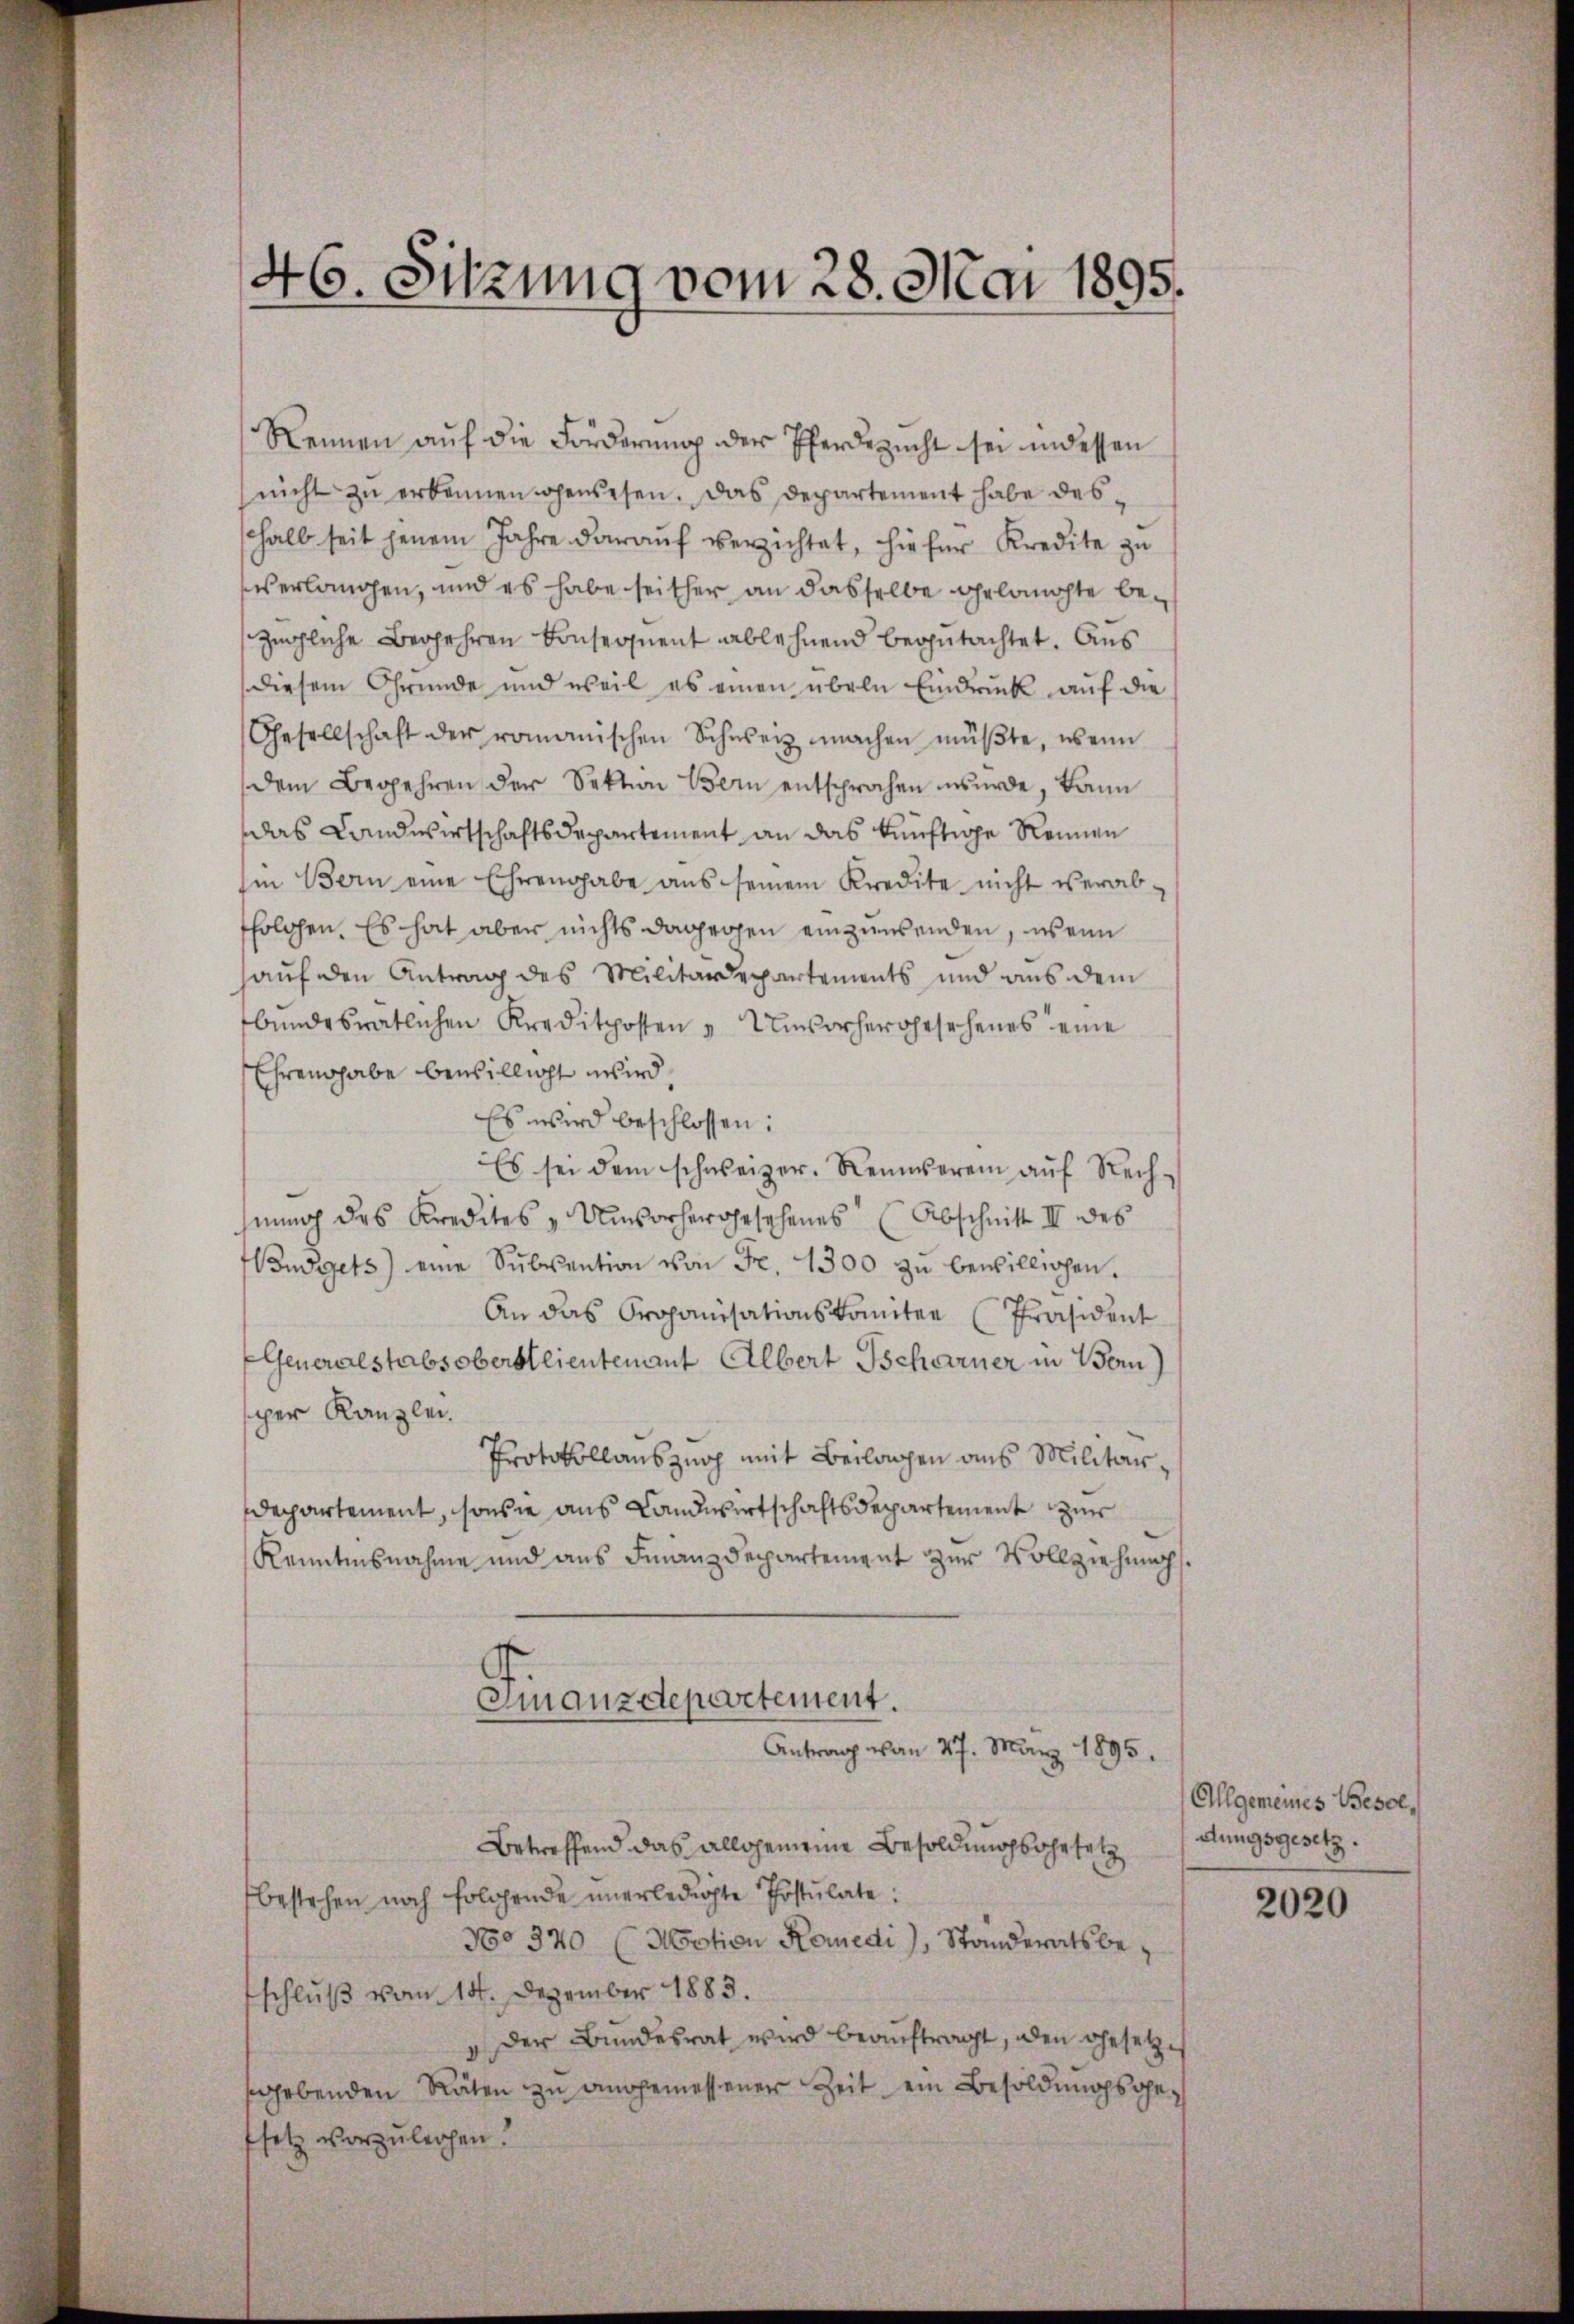
46. Sitzung vom 28. Mai 1895.

Rennen aŭf die Forderŭng der Pferdezŭcht sei indessen
nicht zu erkennen gewesen. Das Departement habe desshalb seit jenem Jahre darauf verzichtet, hiefür Kredite zu
verlangen, und es habe seither an dasselbe gelauchte bezügliche Begehren konsequent ablehnend begutachtet. Aus
diesem Gründe und weil es einen übeln Eindruck auf die
Gesellschaft der romanischen Schweiz machen müβte, wenn
dem Begehren der Sektion Bern entsprochen wurde, kann
das Landwirtschaftsdepartement an das künftige Rennen
hin Bern eine Ehrengabe aus seinem Kredite nicht verab-
folgen. Es hat aber nichts dagegen einzuwenden, wenn
auf den Antrag des Militärdepartements und aus dem
bŭndesrätlichen Kreditposten Unvorhergesehenes eine
Ehrengabe bewilligt wird.
Es wird beschlossen:
Es sei dem schweizer. Reinverein aŭf Rechhnung des Kredites - Unvorhergesehenes (Abschnitt II des
Budgets) eine Sŭbvention von Fr. 1300 zŭ bewilligen.
An das Proponisationskomitee (Präsident
Generalstabsoberstlieutenant Albert Tscharner in Bern)
sper Kanzlei.
Protokollauszurp mit Beilagen aus Militärdepartement, sowie aus Landwirtschaftsdepartemente zur
Kenntnisnahme und aus Finanzdepartement zur Vollziehungs
d
Finanzdepartement.
Antrag von 27. März 1895.
Betreffend das allgemeine Besoldungsartet
bestehen noch folgende unerledigte Postulate:
No 370 (Motion Komedi), Standeratsbeschluß vom 14. Dezember 1883.
 Der Bundesrat wird beauftragt, den Gesetzes
sgebenden Räten zu angemessener Zeit ein Besoldungsgefsetz vorzuleihen.

Allgemeines Besol
dungsgesetz.

2020